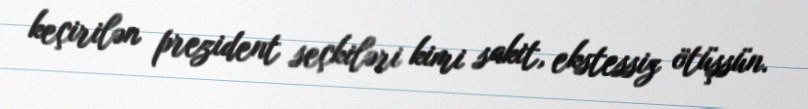
keçirilən prezident seçkiləri kimi sakit, ekstessiz ötüşsün.